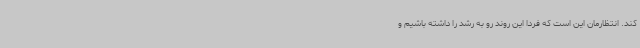
کند. انتظارمان این است که فردا این روند رو به رشد را داشته باشیم و